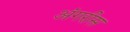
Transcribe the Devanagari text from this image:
अंगरीस